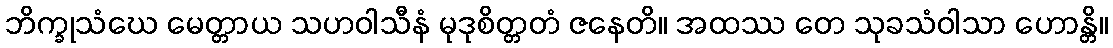
ဘိက္ခုသံဃေ မေတ္တာယ သဟဝါသီနံ မုဒုစိတ္တတံ ဇနေတိ။ အထဿ တေ သုခသံဝါသာ ဟောန္တိ။